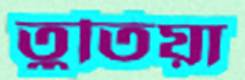
তুতিয়া